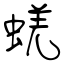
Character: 蜣